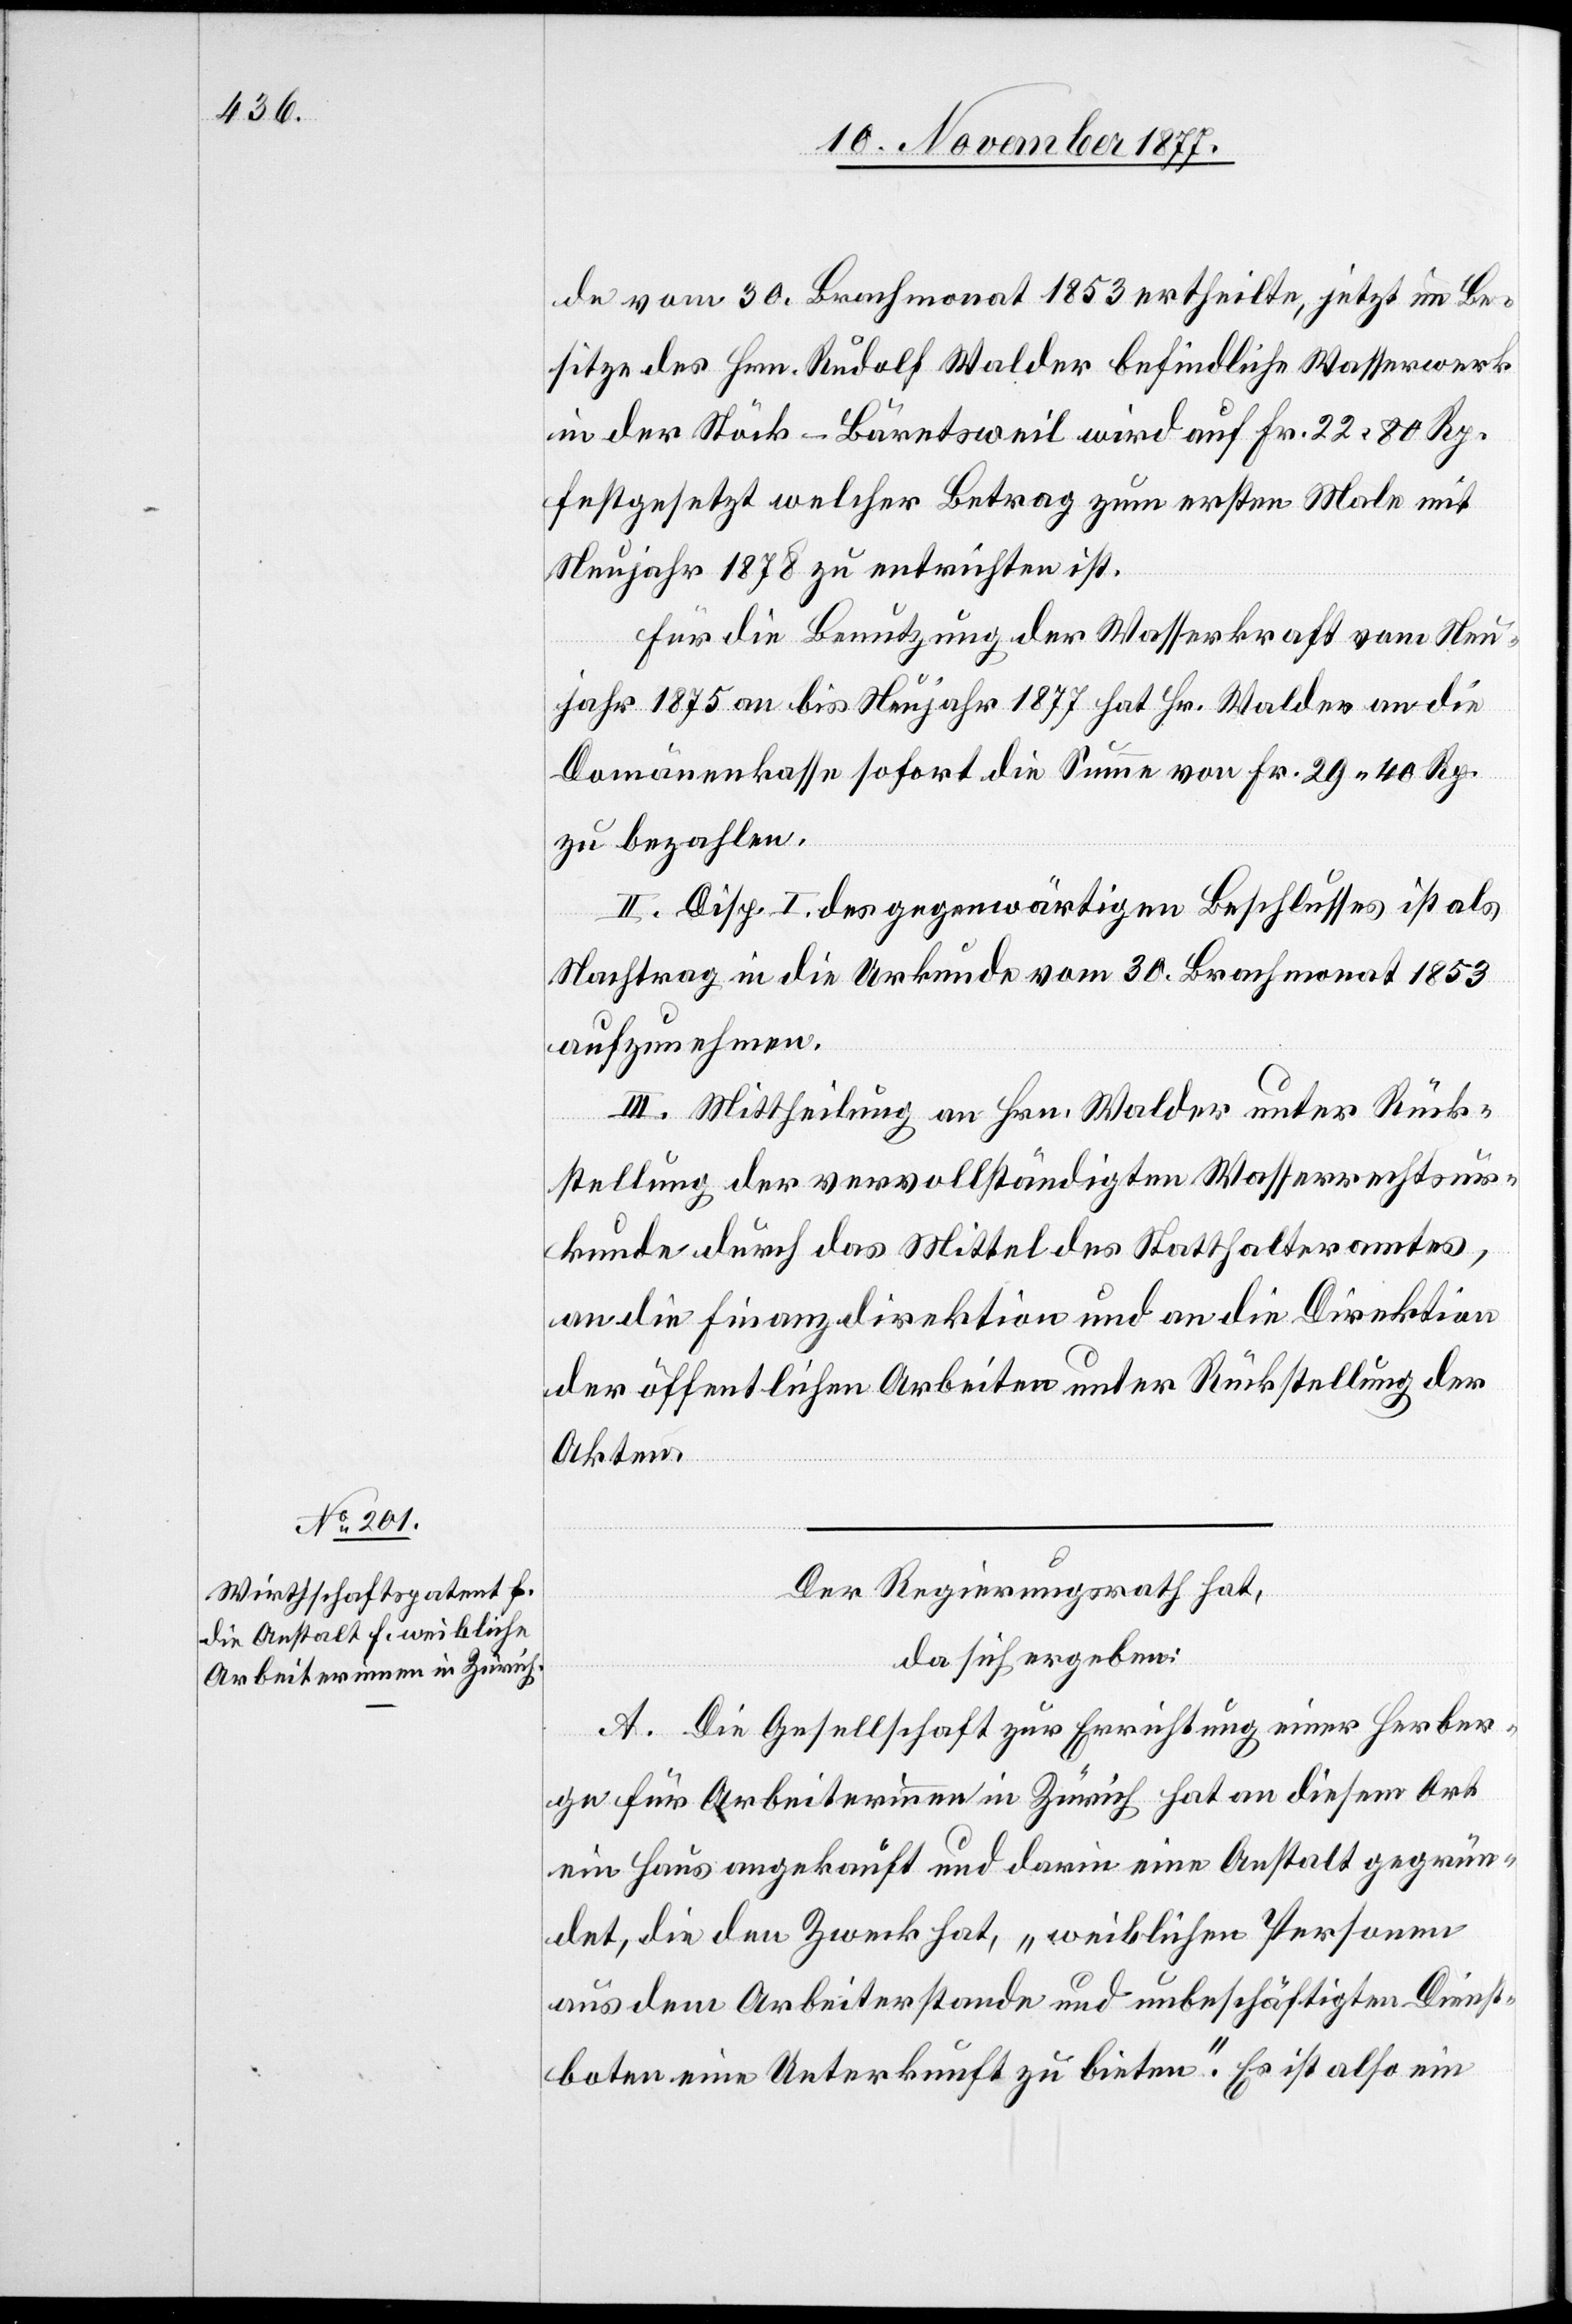
de vom 30. Brachmonat 1853 ertheilte, jetzt im Be¬
sitze des Hrn. Rudolf Walder befindliche Wasserwerk
in der Stöck - Bäretsweil wird auf Fr. 22 80 Rp.
festgesetzt welcher Betrag zum ersten Male mit
Neujahr 1878 zu entrichten ist.
Für die Benutzung der Wasserkraft vom Neu¬
jahr 1875 an bis Neujahr 1877 hat Hr. Walder an die
Domänenkasse sofort die Summe von Fr. 29 40 Rp.
zu bezahlen.
II. Disp. I. des gegenwärtigen Beschlusses ist als
Nachtrag in die Urkunde vom 30. Brachmonat 1853
aufzunehmen.
III. Mittheilung an Hrn. Walder unter Rück¬
stellung der vervollständigten Wasserrechtsur¬
kunde durch das Mittel des Statthalteramtes,
an die Finanzdirektion und an die Direktion
der öffentlichen Arbeiten unter Rückstellung der
Akten.
Der Regierungsrath hat,
da sich ergeben:
A. Die Gesellschaft zur Errichtung einer Herber¬
ge für Arbeiterinnen in Zürich hat an diesem Ort
ein Haus angekauft und darin eine Anstalt gegrün¬
det, die den Zweck hat, „weiblichen Personen
aus dem Arbeiterstande und unbeschäftigten Dienst¬
boten eine Unterkunft zu bieten“. Es ist also ein